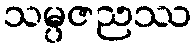
သမ္ပဇညဿ